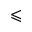
\leqslant